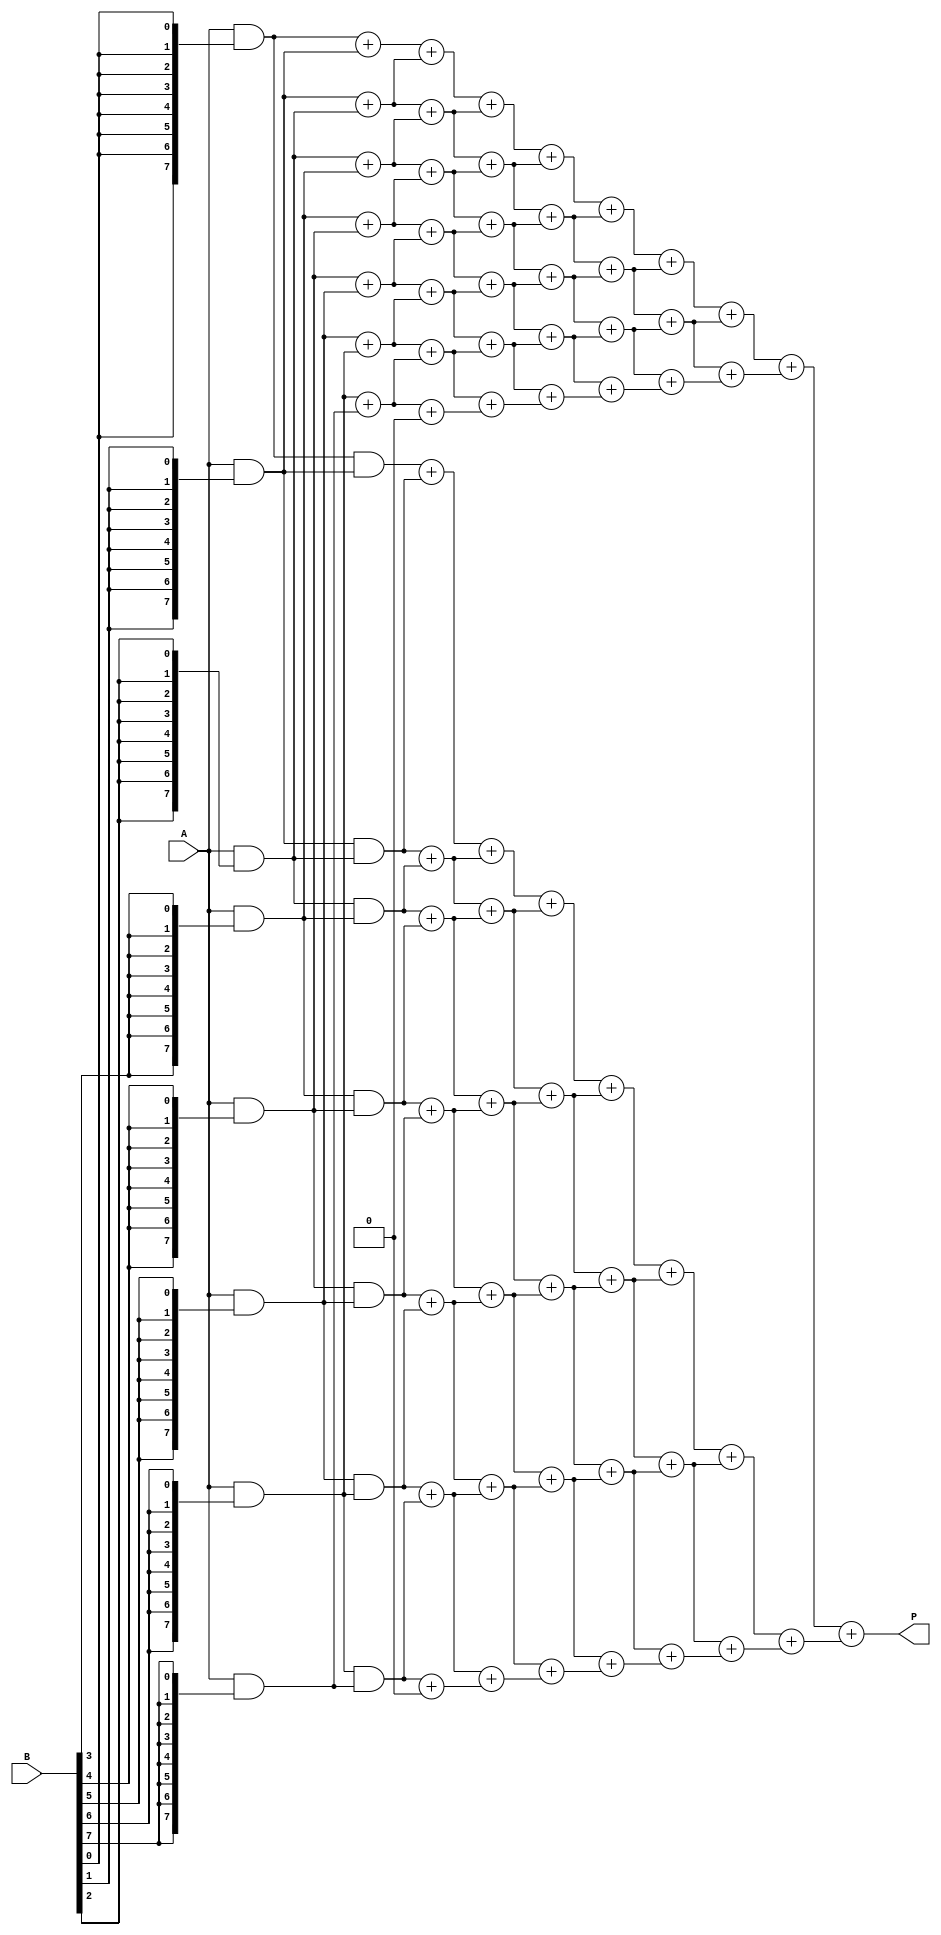
module variable_length_wallace_tree_multiplier #(
    parameter WIDTH_A = 8, // Width of input A
    parameter WIDTH_B = 8  // Width of input B
)(
    input [WIDTH_A-1:0] A, // Multiplicand
    input [WIDTH_B-1:0] B, // Multiplier
    output reg [WIDTH_A + WIDTH_B - 1:0] P // Product
);

    // Partial product array
    reg [WIDTH_A-1:0] partial_products[0:WIDTH_B-1];

    // Carry-save adder outputs
    reg [WIDTH_A + WIDTH_B - 1:0] sum[0:WIDTH_B-1];
    reg [WIDTH_A + WIDTH_B - 1:0] carry[0:WIDTH_B-1];

    integer i, j;

    // Generate partial products
    always @(*) begin
        for (i = 0; i < WIDTH_B; i = i + 1) begin
            partial_products[i] = A & {WIDTH_A{B[i]}};
        end
    end

    // Wallace tree reduction
    always @(*) begin
        // Initialize sum and carry
        for (i = 0; i < WIDTH_B; i = i + 1) begin
            sum[i] = 0;
            carry[i] = 0;
        end

        // First stage of reduction
        for (i = 0; i < WIDTH_B; i = i + 1) begin
            if (i < WIDTH_B - 1) begin
                sum[i] = partial_products[i] + partial_products[i + 1];
                carry[i] = (partial_products[i] & partial_products[i + 1]);
            end
        end

        // Further reduction stages
        for (j = 0; j < WIDTH_B - 1; j = j + 1) begin
            for (i = 0; i < WIDTH_B - j - 1; i = i + 1) begin
                sum[i] = sum[i] + sum[i + 1];
                carry[i] = carry[i] + carry[i + 1];
            end
        end
    end

    // Final addition
    always @(*) begin
        P = sum[0] + carry[0];
    end

endmodule